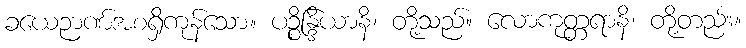
ခယေဉာဏ်အစရှိကုန်သော။ ပဉ္စိန္ဒြိယာနိ၊ တို့သည်။ လောကုတ္တရာနိ၊ တို့တည်း။